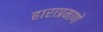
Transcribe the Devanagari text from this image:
हाराप्रमाणे